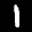
Label: 1